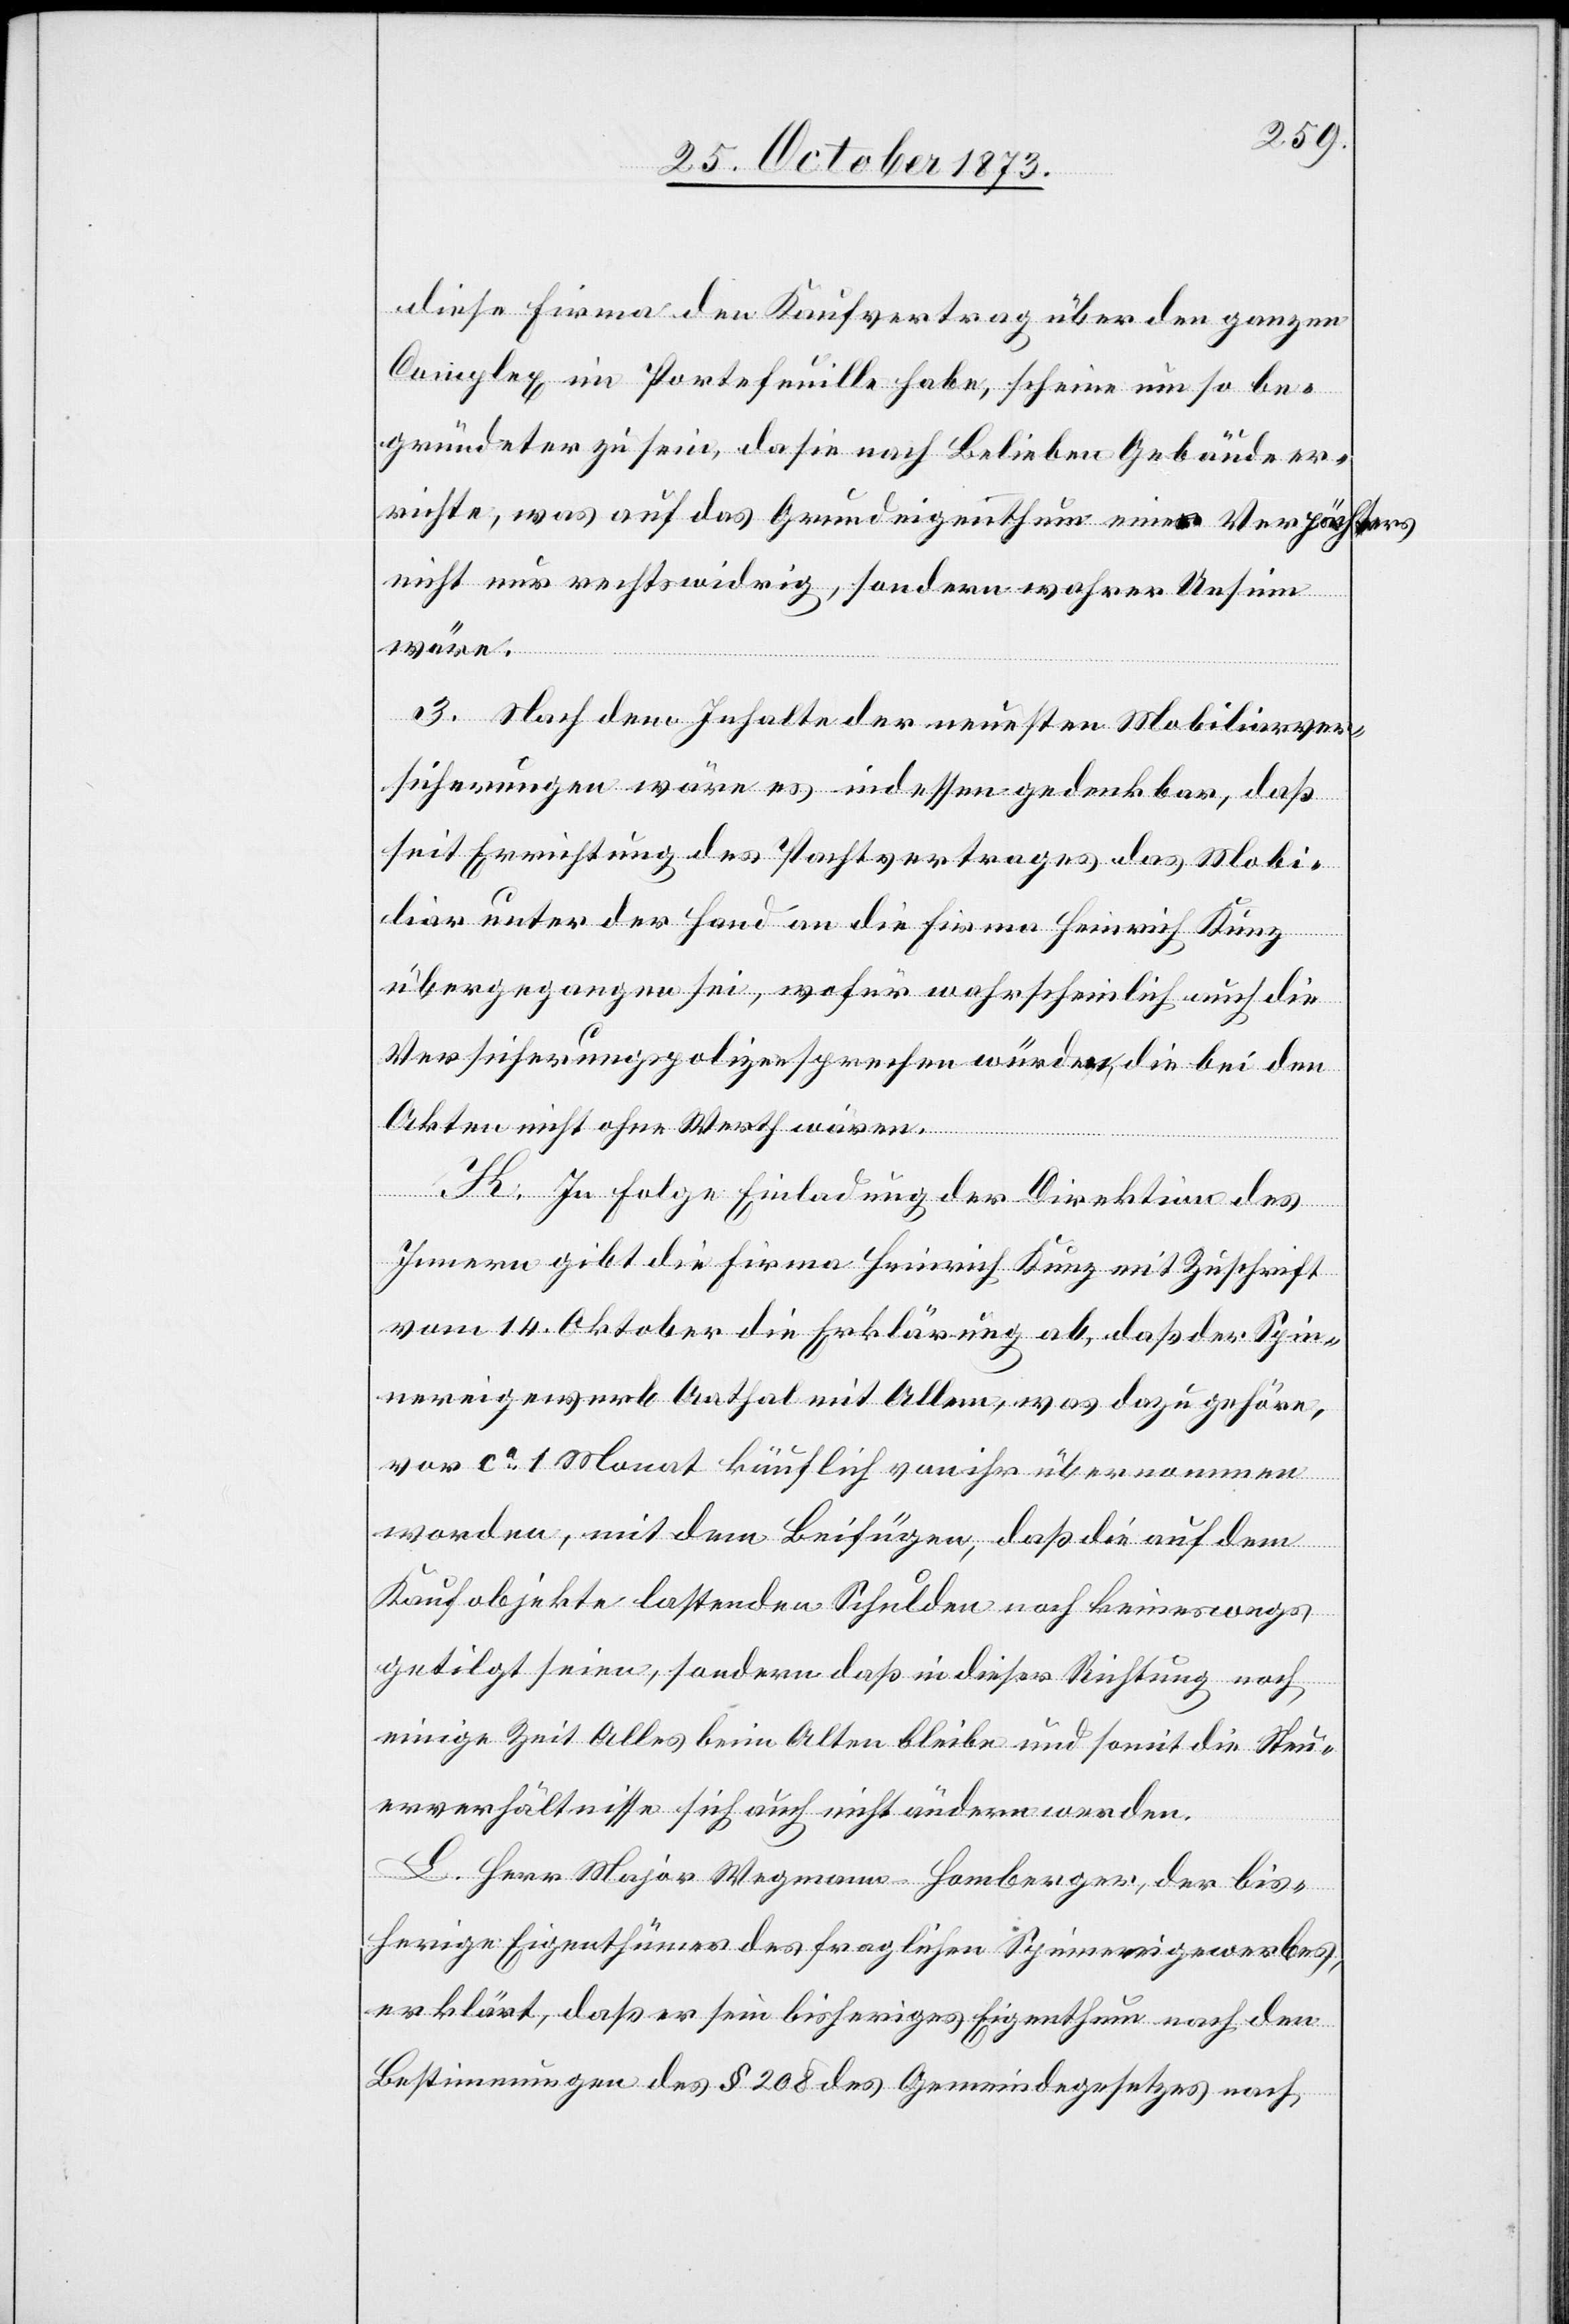
diese Firma den Kaufvertrag über den ganzen
Complex im Portefeuille habe, scheine um so be¬
gründeter zu sein, da sie nach Belieben Gebäude er¬
richte, was auf das Grundeigenthum eines Verpächters
nicht nur rechtswidrig, sondern wahrer Unsinn
wäre.
3. Nach dem Inhalte der neuesten Mobiliarver¬
sicherungen wäre es indessen gedenkbar, daß
seit Errichtung des Pachtvertrages das Mobi¬
liar unter der Hand an die Firma Heinrich Kunz
übergegangen sei, wofür wahrscheinlich auch die
Versicherungspolizen sprechen würden, die bei den
Akten nicht ohne Werth wären.
K. In Folge Einladung der Direktion des
Innern gibt die Firma Heinrich Kunz mit Zuschrift
vom 14. Oktober die Erklärung ab, daß der Spin¬
nereigewerb Aathal mit Allem, was dazu gehöre,
vor ca 1 Monat käuflich von ihr übernommen
worden, mit dem Beifügen, daß die auf dem
Kaufobjekte lastenden Schulden noch keineswegs
getilgt seien, sondern daß in dieser Richtung noch
einige Zeit Alles beim Alten bleibe und somit die Steu¬
erverhältnisse sich auch nicht ändern werden.
L. Herr Major Wegmann-Homberger, der bis¬
herige Eigenthümer des fraglichen Spinnereigewerbes,
erklärt, daß er sein bisheriges Eigenthum nach den
Bestimmungen des § 208 des Gemeindegesetzes nach